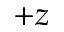
+ z